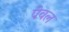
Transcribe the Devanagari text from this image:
पेवल